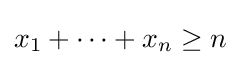
x_{1}+\cdots +x_{n}\geq n